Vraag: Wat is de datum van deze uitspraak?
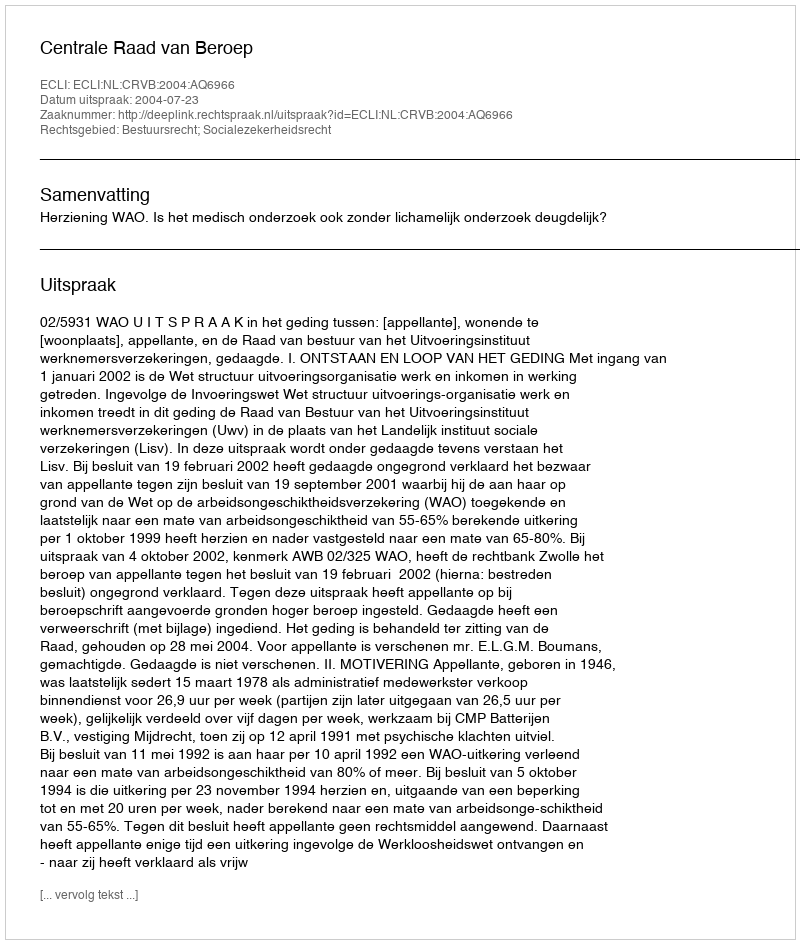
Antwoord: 2004-07-23